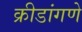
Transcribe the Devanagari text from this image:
क्रीडांगणे